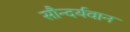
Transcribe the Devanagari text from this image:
सौन्दर्यवान